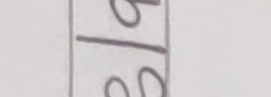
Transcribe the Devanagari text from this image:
२/२